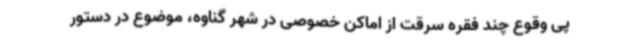
پی وقوع چند فقره سرقت از اماکن خصوصی در شهر گناوه، موضوع در دستور